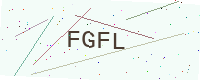
Text: FGFL